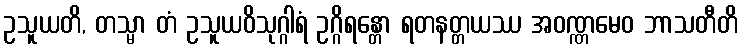
ဥသူယတိ, တသ္မာ တံ ဥသူယဝိသုဂ္ဂါရံ ဥဂ္ဂိရန္တော ရတနတ္တယဿ အဝဏ္ဏမေဝ ဘာသတီတိ